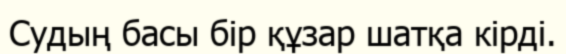
Судың басы бір құзар шатқа кірді.